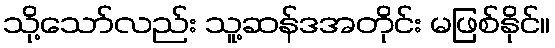
သို့သော်လည်း သူ့ဆန်ဒအတိုင်း မဖြစ်နိုင်။